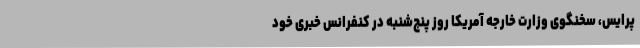
پرایس، سخنگوی وزارت خارجه آمریکا روز پنج‌شنبه در کنفرانس خبری خود